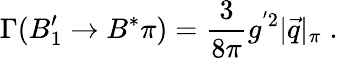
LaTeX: \Gamma(B_{1}^{\prime}\to B^{*}\pi)={\frac{3}{8\pi}}g^{'2}|\vec{q}|_{\pi}\; .